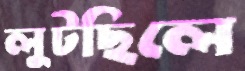
লুটছিলে